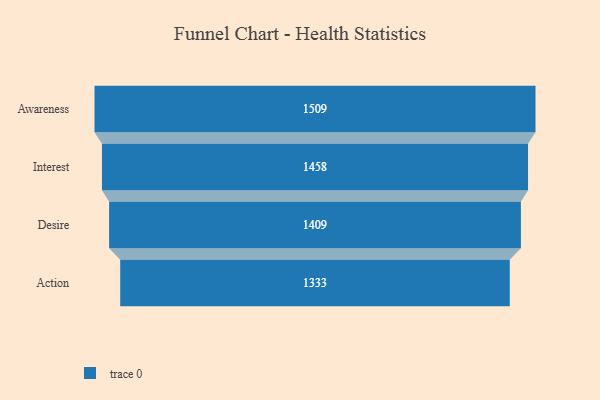
{"axis": {"x": "Stage", "y": "Value"}, "legend": [""], "data": [{"x": "Awareness", "y": 1509.0, "type": ""}, {"x": "Interest", "y": 1458.0, "type": ""}, {"x": "Desire", "y": 1409.0, "type": ""}, {"x": "Action", "y": 1333.0, "type": ""}]}